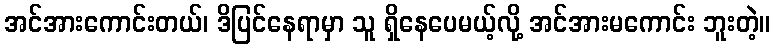
အင်အားကောင်းတယ်၊ ဒိပြင်နေရာမှာ သူ ရှိနေပေမယ့်လို့ အင်အားမကောင်း ဘူးတဲ့။